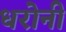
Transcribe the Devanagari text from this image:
धरोनी